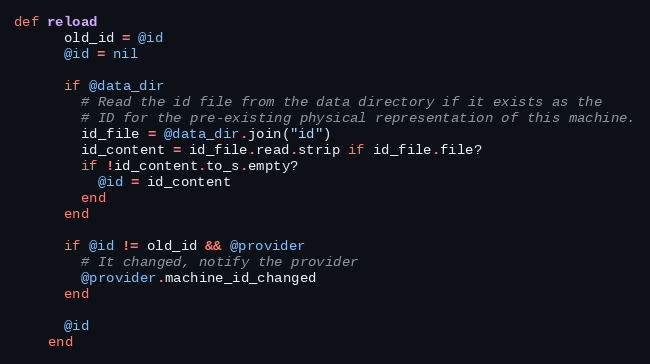
Language: Ruby
def reload
      old_id = @id
      @id = nil

      if @data_dir
        # Read the id file from the data directory if it exists as the
        # ID for the pre-existing physical representation of this machine.
        id_file = @data_dir.join("id")
        id_content = id_file.read.strip if id_file.file?
        if !id_content.to_s.empty?
          @id = id_content
        end
      end

      if @id != old_id && @provider
        # It changed, notify the provider
        @provider.machine_id_changed
      end

      @id
    end